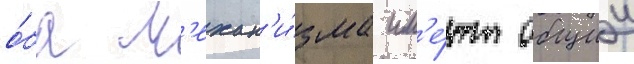
о́ба м'ехан'и́зма им'е́ют общии